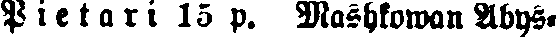
Pietari 15 p. Mashkowan Abys-